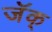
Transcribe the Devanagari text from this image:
जॅक्